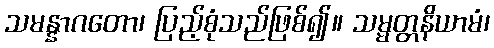
သမန္နာဂတော၊ ပြည့်စုံသည်ဖြစ်၍။ သမ္မတ္တနိယာမံ၊